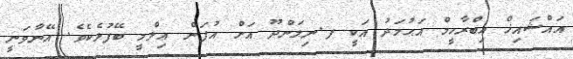
އައްޝައިޚް އިބްރާހީމް އަޙުމަދު އަކީ ފ.ނިލަންދޫ އަށް އުފަން ޢިލްމީ ބޭފުޅެކެވެ. އޭނާވަނީ